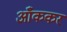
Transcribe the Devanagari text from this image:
आँककर